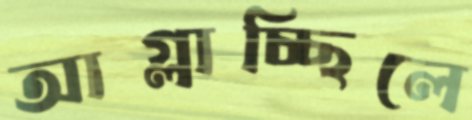
আগ্‌লাচ্ছিলে